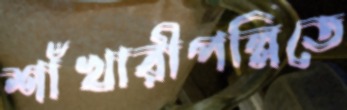
শাঁখারীপল্লিতে